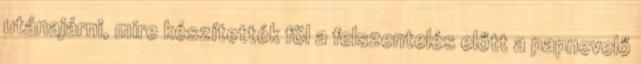
utánajárni, mire készítették föl a felszentelés előtt a papnevelő